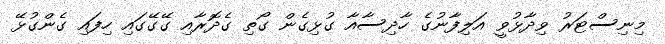
މިނިސްޓަރު ވިދާޅުވީ އަލިފާނުގެ ހާދިސާއާ ގުޅިގެން ގޯތި ގެދޮރާއި ގޭގޭގައި ހިފައި ގެންގުޅޭ